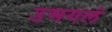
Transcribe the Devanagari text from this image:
उमगलं